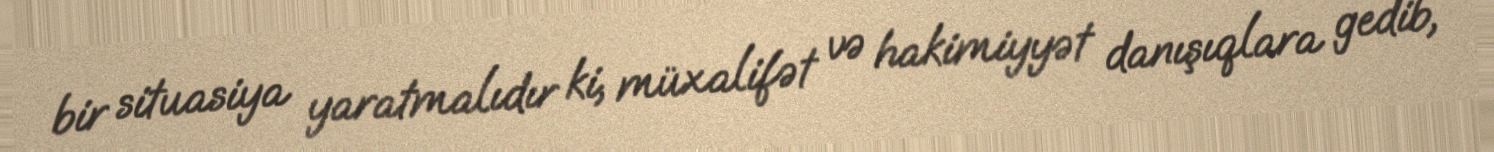
bir situasiya yaratmalıdır ki, müxalifət və hakimiyyət danışıqlara gedib,